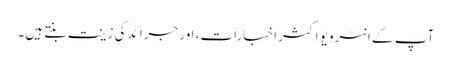
آپ کے انٹرویو اکثر اخبارات، اور جرائد کی زینت بنتے ہیں۔